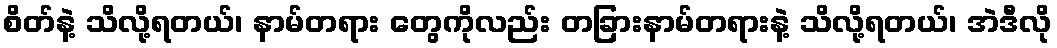
စိတ်နဲ့ သိလို့ရတယ်၊ နာမ်တရား တွေကိုလည်း တခြားနာမ်တရားနဲ့ သိလို့ရတယ်၊ အဲဒီလို